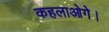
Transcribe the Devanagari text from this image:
कहलाओगे।